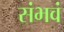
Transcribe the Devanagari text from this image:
संभवं